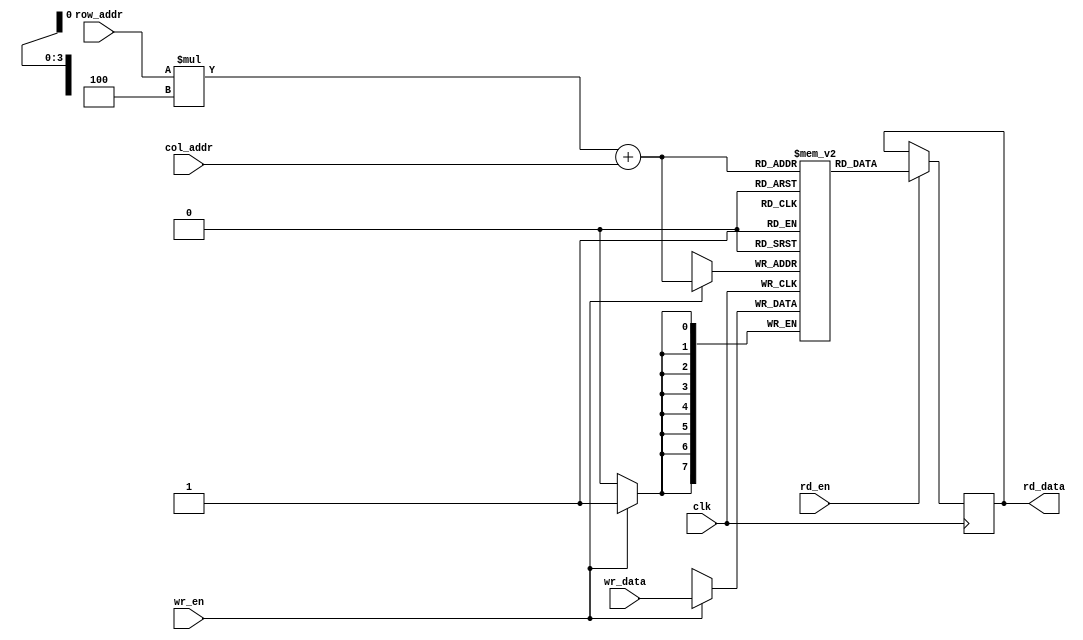
module sram (
    input wire clk,
    input wire wr_en,
    input wire rd_en,
    input wire [7:0] wr_data,
    output reg [7:0] rd_data,
    input wire [3:0] row_addr,
    input wire [3:0] col_addr
);

reg [7:0] memory [15:0]; // 16x8 memory array

always @(posedge clk) begin
    if (wr_en) begin
        memory[row_addr * 4 + col_addr] <= wr_data;
    end
    if (rd_en) begin
        rd_data <= memory[row_addr * 4 + col_addr];
    end
end

endmodule